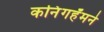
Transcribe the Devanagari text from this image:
कनिंगहॅमने